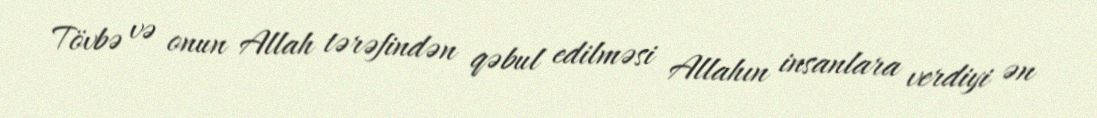
Tövbə və onun Allah tərəfindən qəbul edilməsi Allahın insanlara verdiyi ən